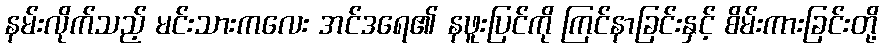
နမ်းလိုက်သည့် မင်းသားကလေး အင်ဒရေ၏ နဖူးပြင်ကို ကြင်နာခြင်းနှင့် စိမ်းကားခြင်းတို့